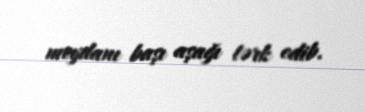
meydanı başı aşağı tərk edib.